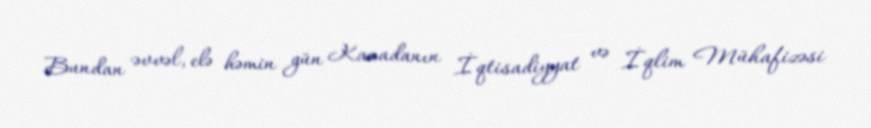
Bundan əvvəl, elə həmin gün Kanadanın İqtisadiyyat və İqlim Mühafizəsi